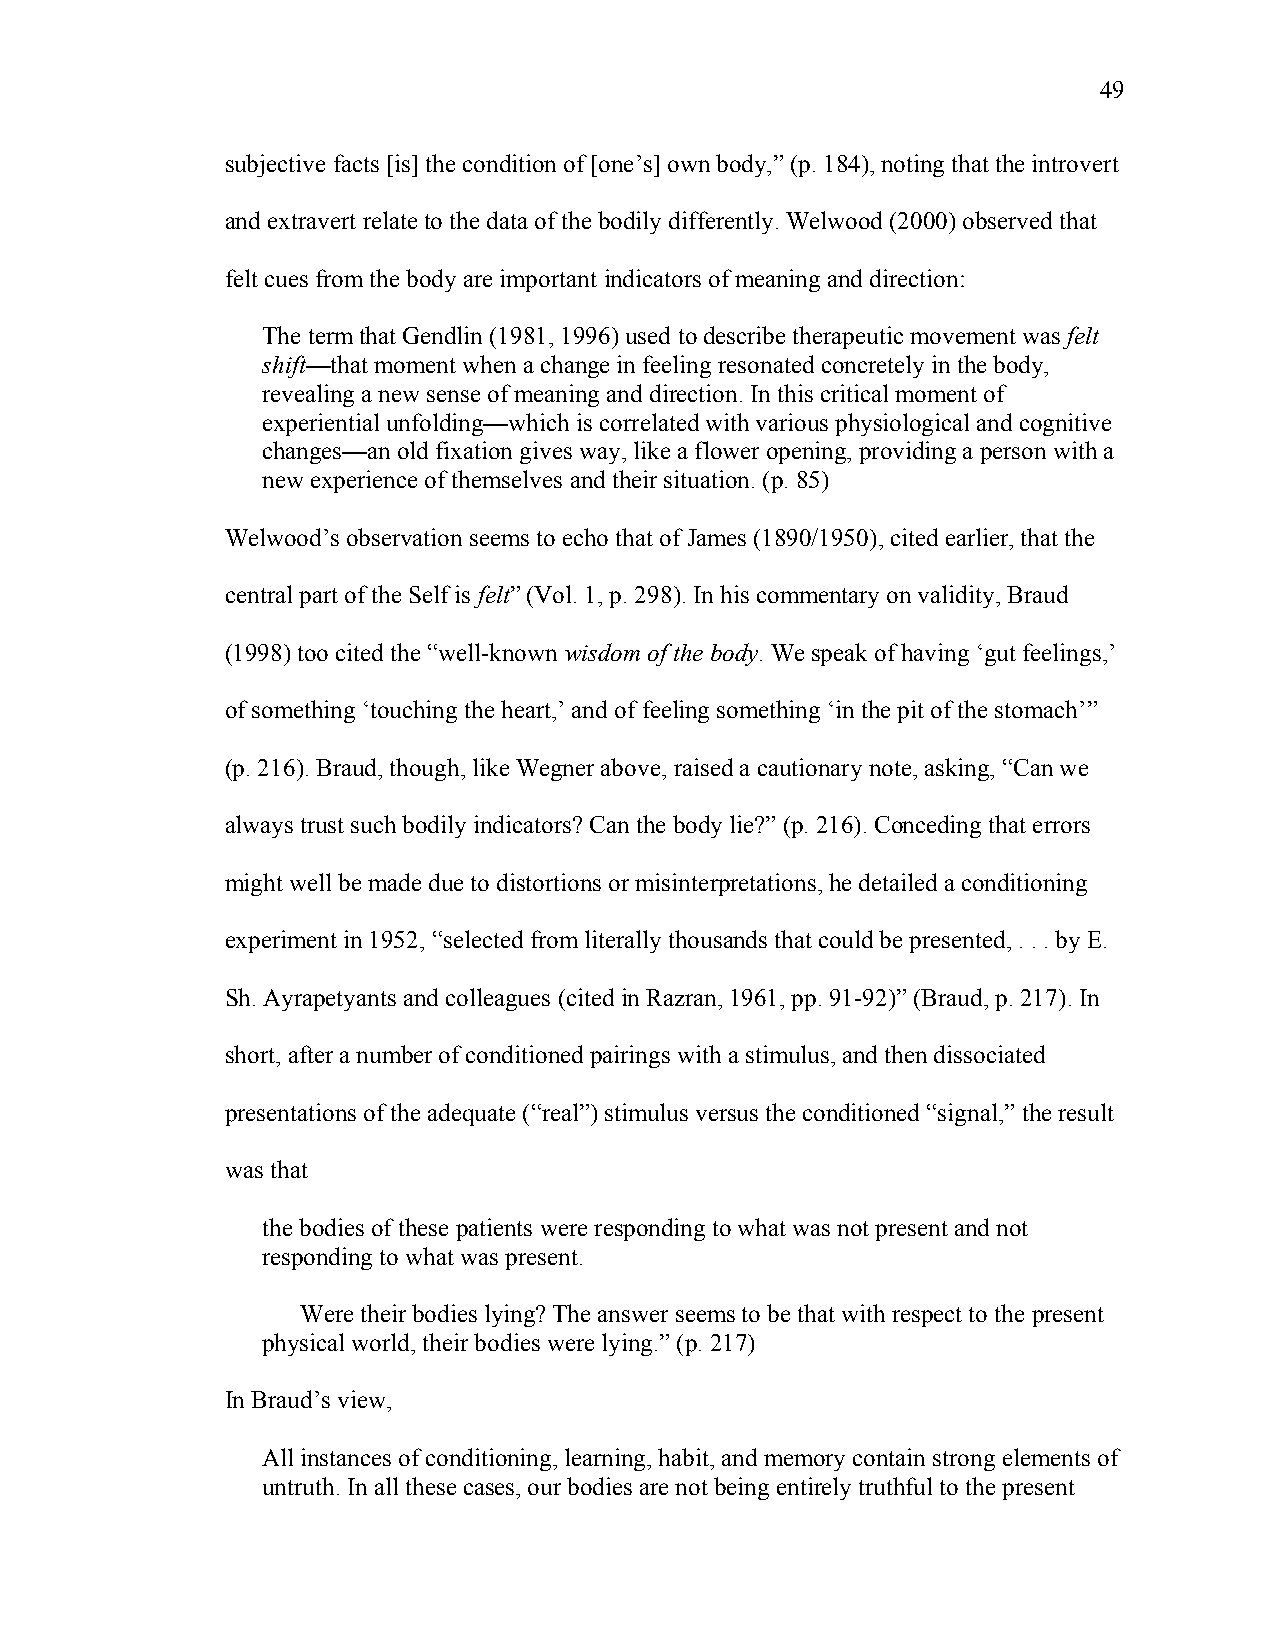
49
 subjective facts [is] the condition of [one’s] own body,” (p. 184), noting that the introvert
 and extravert relate to the data of the bodily differently. Welwood (2000) observed that
 felt cues from the body are important indicators of meaning and direction:
 The term that Gendlin (1981, 1996) used to describe therapeutic movement was felt
 shift—that moment when a change in feeling resonated concretely in the body,
 revealing a new sense of meaning and direction. In this critical moment of
 experiential unfolding—which is correlated with various physiological and cognitive
 changes—an old fixation gives way, like a flower opening, providing a person with a
 new experience of themselves and their situation. (p. 85)
 Welwood’s observation seems to echo that of James (1890/1950), cited earlier, that the
 central part of the Self is felt” (Vol. 1, p. 298). In his commentary on validity, Braud
 (1998) too cited the “well-known wisdom of the body. We speak of having ‘gut feelings,’
 of something ‘touching the heart,’ and of feeling something ‘in the pit of the stomach’”
 (p. 216). Braud, though, like Wegner above, raised a cautionary note, asking, “Can we
 always trust such bodily indicators? Can the body lie?” (p. 216). Conceding that errors
 might well be made due to distortions or misinterpretations, he detailed a conditioning
 experiment in 1952, “selected from literally thousands that could be presented, . . . by E.
 Sh. Ayrapetyants and colleagues (cited in Razran, 1961, pp. 91-92)” (Braud, p. 217). In
 short, after a number of conditioned pairings with a stimulus, and then dissociated
 presentations of the adequate (“real”) stimulus versus the conditioned “signal,” the result
 was that
 the bodies of these patients were responding to what was not present and not
 responding to what was present.
 Were their bodies lying? The answer seems to be that with respect to the present
 physical world, their bodies were lying.” (p. 217)
 In Braud’s view,
 All instances of conditioning, learning, habit, and memory contain strong elements of
 untruth. In all these cases, our bodies are not being entirely truthful to the present